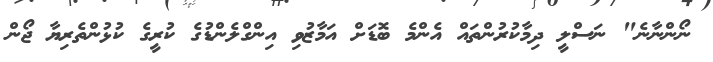
ނޯންނާނެ" ނަސްލީ ދިމާކުރުންތައް އެންމެ ބޮޑަށް އަމާޒުވި އިންގްލެންޑުގެ ކުރީގެ ކުޅުންތެރިޔާ ޖޯން